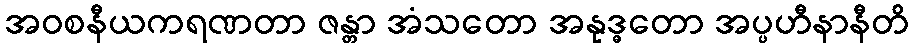
အဝစနီယကရဏတာ ဇန္တာ အံသတော အနုဒ္ဓတော အပ္ပဟီနာနီတိ